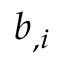
b _ { , i }